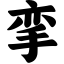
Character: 挛